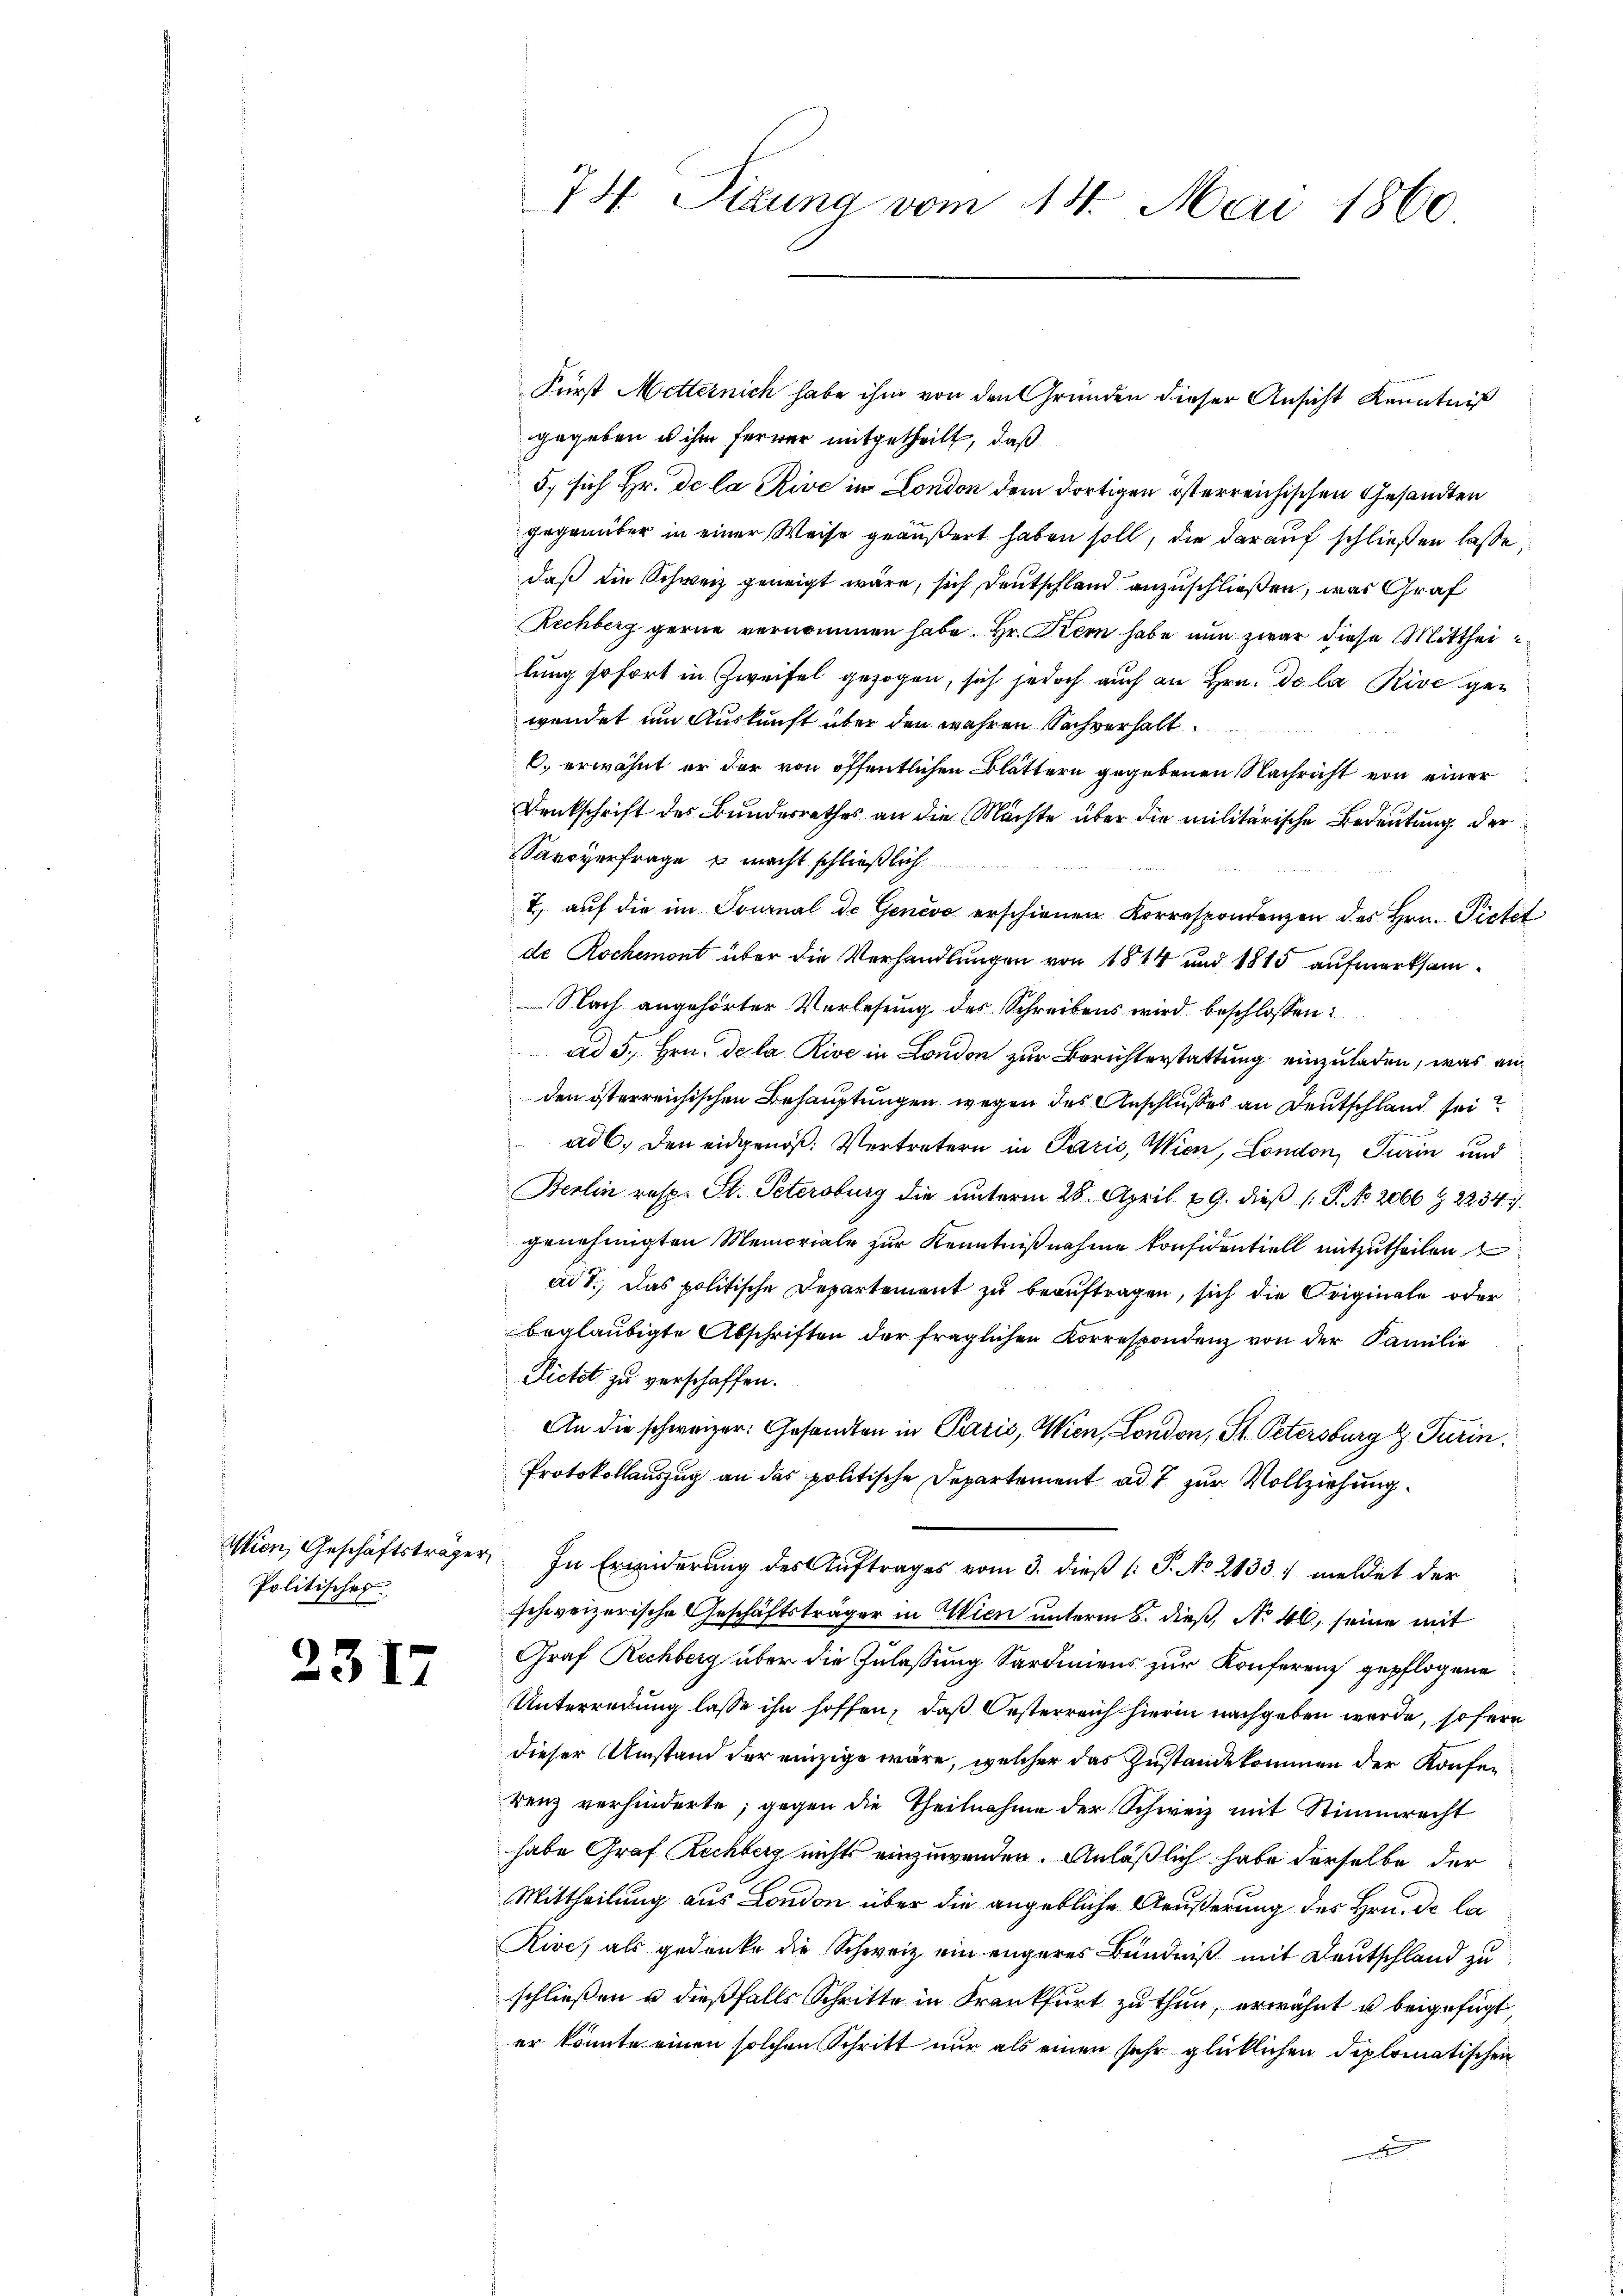
Wien, Geschäftsträger
Politische

2317

74. Situng vom 14. Mai 1860

Fürst Metternich habe ihm von den Gründen dieser Ansicht Kenntniß
gegeben u ihm ferner mitgetheilt, daß
5, sich Hr. De la Rive in London dem dortigen österreichischen Gesandten
gegenüber in einer Weise geäußert haben soll, die darauf schließen lasse
daß die Schweiz geneigt wäre, sich Deutschland anzuschließen, was Graf
Rechberg gerne vernommen habe. Hr. Krem habe nun zwar diese Mittheilung sofort in Zweifel gezogen, sich jedoch auch an Hrn. De la Rive gewendet um Auskunft über den wahren Sachverhalt
C. erwähnt er der von öffentlichen Blättern gegebenen Nachricht von einer
Denkschrift des Bundesrathes an die Mächte über die militärische Bedeutung der
Sarcverfrage u macht schließlich
2) auf die im Sournal de Genève erschienen Korrespondenzen des Hrn. Pietit
de Rochemont über die Verhandlungen von 1814 und 1815 aufmerksam¬
Nach angehörter Verlesung des Schreibens wird beschlossen:
ad 5., Hrn. De la Rive in London zur Berichterstattung einzuladen, was anden österreichischen Behauptungen wegen des Anschlußes an Deutschland sei
ad 6. den eidgenoß: Vertretern in Paris, Wien, London, Turin und
Berlin resp. St. Petersburg die unterm 28. April 19. dieß (: P. No. 2066 § 22347
genehmigten Memoriale zur Kenntnißnahme konsidentiell mitzutheilen
ad 1., Das politische Departement zu beauftragen, sich die Originale oder
beglaubigte Abschriften der fraglichen Korrespondenz von der Familie
Dietet zu verschaffen.
An die schweizer: Gesandten in Paris, Wien, London, St. Petersburg z. Turin
Protokollauszug an das politische Departement ad 7 zur Vollziehung
In Erinderung des Auftrages vom 3. dieß (S. No 21331 meldet der
schweizerische Geschäftsträger in Wien unterm 6. dieß, No 46, seine mit
Graf Rechberg über die Zulassung Sardiniens zur Konferenz gepflogene
Unterredung lasse ihn hoffen, daß Oesterreich hierin nachgeben werde, sofern
dieser Umstand der einzige wäre, welcher das Zustande kommen der Konferenz verhinderte, gegen die Theilnahme der Schweiz mit Stimmrecht
habe Graf Rechberg nichts einzuwenden. Anläßlich habe derselbe der
Mittheilung aus London über die angebliche Aeußerung des Hrn. De la
Rive, als gedenke die Schweiz ein engeres Bündniß mit Deutschland zu
schließen u dießfalls Schritte in Krankfurt zu thun, erwähnt u beigefügt
er könnte einen solchen Schritt nur als einen sehr glücklichen Diplomatischen
.